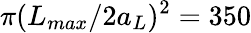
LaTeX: \pi(L_{max}/2a_{L})^{2}=350